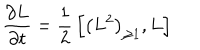
LaTeX: { \frac { \partial L } { \partial t } } = { \frac { 1 } { 2 } } \left[ \left( L ^ { 2 } \right) _ { \geq 1 } , L \right]